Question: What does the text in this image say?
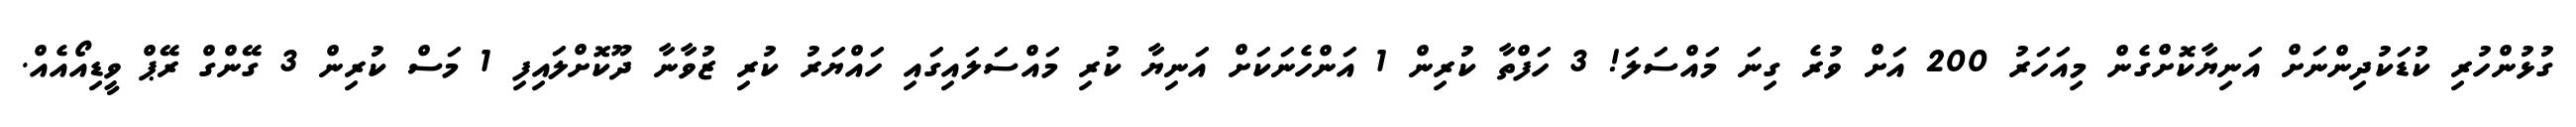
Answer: ގުޅުންހުރި ކުޑަކުދިންނަށް އަނިޔާކޮށްގެން މިއަހަރު 200 އަށް ވުރެ ގިނަ މައްސަލަ! 3 ހަފްތާ ކުރިން 1 އަންހެނަކަށް އަނިޔާ ކުރި މައްސަލައިގައި ހައްޔަރު ކުރި ޒުވާނާ ދޫކޮށްލައިފި 1 މަސް ކުރިން 3 ގޭންގް ރޭޕް ވީޑިއޯއެއް.